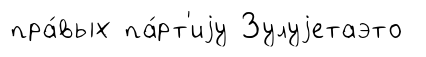
пра́вых па́рт'иjу Зулуjетаэто